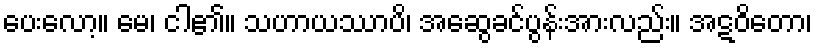
ပေးလော့။ မေ၊ ငါ၏။ သဟာယဿာပိ၊ အဆွေခင်ပွန်းအားလည်း။ အဋဝိတော၊